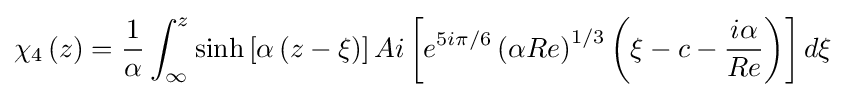
\chi _{4}\left(z\right)={\frac {1}{\alpha }}\int _{\infty }^{z}\sinh \left[\alpha \left(z-\xi \right)\right]Ai\left[e^{5i\pi /6}\left(\alpha Re\right)^{1/3}\left(\xi -c-{\frac {i\alpha }{Re}}\right)\right]d\xi